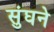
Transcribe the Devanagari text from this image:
सुंघने